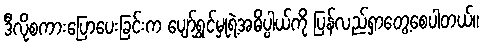
ဒီလိုစကားပြောပေးခြင်းက ပျော်ရွှင်မှုရဲ့အဓိပ္ပါယ်ကို ပြန်လည်ရှာတွေ့စေပါတယ်။